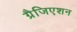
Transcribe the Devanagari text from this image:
ग्रैजिएशन